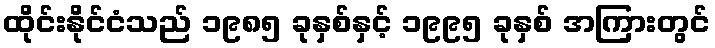
ထိုင်းနိုင်ငံသည် ၁၉၈၅ ခုနှစ်နှင့် ၁၉၉၅ ခုနှစ် အကြားတွင်